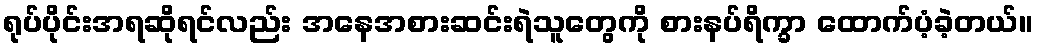
ရုပ်ပိုင်းအရဆိုရင်လည်း အနေအစားဆင်းရဲသူတွေကို စားနပ်ရိက္ခာ ထောက်ပံ့ခဲ့တယ်။